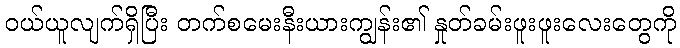
ဝယ်ယူလျက်ရှိပြီး တက်စမေးနီးယားကျွန်း၏ နှုတ်ခမ်းဖူးဖူးလေးတွေကို